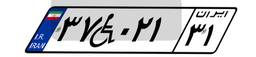
۳۷W۰۲۱۳۱